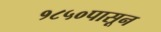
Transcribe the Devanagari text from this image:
१८५०पासून